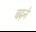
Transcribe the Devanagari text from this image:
बढ़़ने